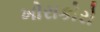
ખોરાકોરો